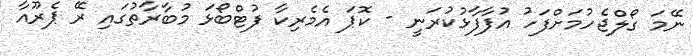
ނޭމަ ގޯލްޖެހުމަށްފަހު އުފާފާޅުކުރަނީ - ކޮޕަ އެމެރިކާ ފުޓްބޯޅަ މުބާރާތުގައި ރޭ ޕެރޫއާ